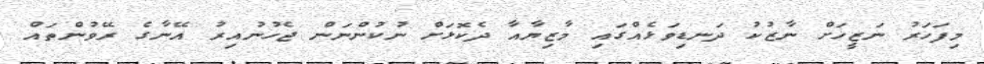
މިފަހަރު ނަޒީހަށް ނާޒުކު ދަނޑިވަޅެއްގައި މާޒިޔާއާ ދެކޮޅަށް ނުކުންނަން ޖެހުނުއިރު އޭނާގެ ރޭވުންތައް